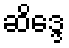
ဆိဒ္ဒေ